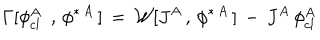
\Gamma [ \phi _ { c l \, \, } ^ { A } \, , \, \phi ^ { \ast \, A } \, ] \, = \, { \cal W } [ J ^ { A } \, , \, \phi ^ { \ast \, A } \, ] \, - \, J ^ { A } \, \phi _ { c l \, } ^ { A }